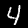
Digit: 4